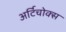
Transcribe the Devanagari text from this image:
अर्टिचोक्स